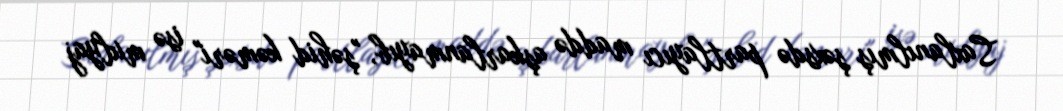
Saxlanılmış şəxsdə partlayıcı maddə aşkarlanmayıb, "şəhid kəməri" isə mulyaj